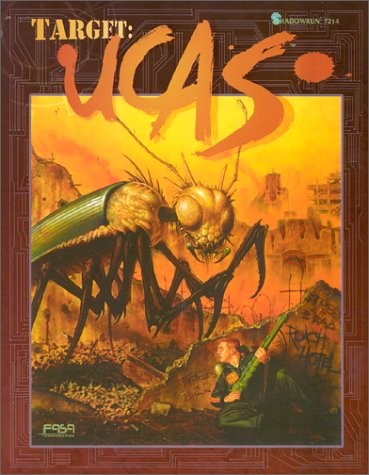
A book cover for Target: UCAS (Shadowrun RPG, FAS7214); Linda Naughton; Science Fiction & Fantasy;